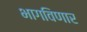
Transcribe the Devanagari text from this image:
भागविणार